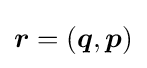
{\boldsymbol {r}}=({\boldsymbol {q}},{\boldsymbol {p}})